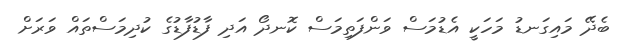
ބެދޭ މައިގަނޑު މަހަކީ އެޑުމަސް ވަންފަތިމަސް ކޮނދޯ އަދި ފާޑުފާޑުގެ ކުދިމަސްތައް ވަރަށް